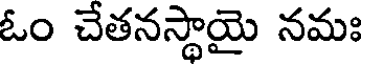
ఓం చేతనస్థాయై నమః